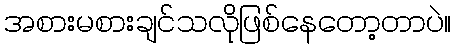
အစားမစားချင်သလိုဖြစ်နေတော့တာပဲ။